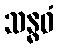
သန္ဓဝံ